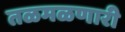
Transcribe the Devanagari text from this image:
तळमळणारी